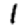
Digit: 1